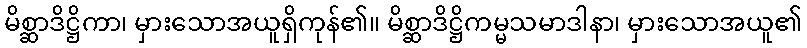
မိစ္ဆာဒိဋ္ဌိကာ၊ မှားသောအယူရှိကုန်၏။ မိစ္ဆာဒိဋ္ဌိကမ္မသမာဒါနာ၊ မှားသောအယူ၏